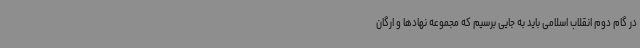
در گام دوم انقلاب اسلامی باید به جایی برسیم که مجموعه نهادها و ارگان